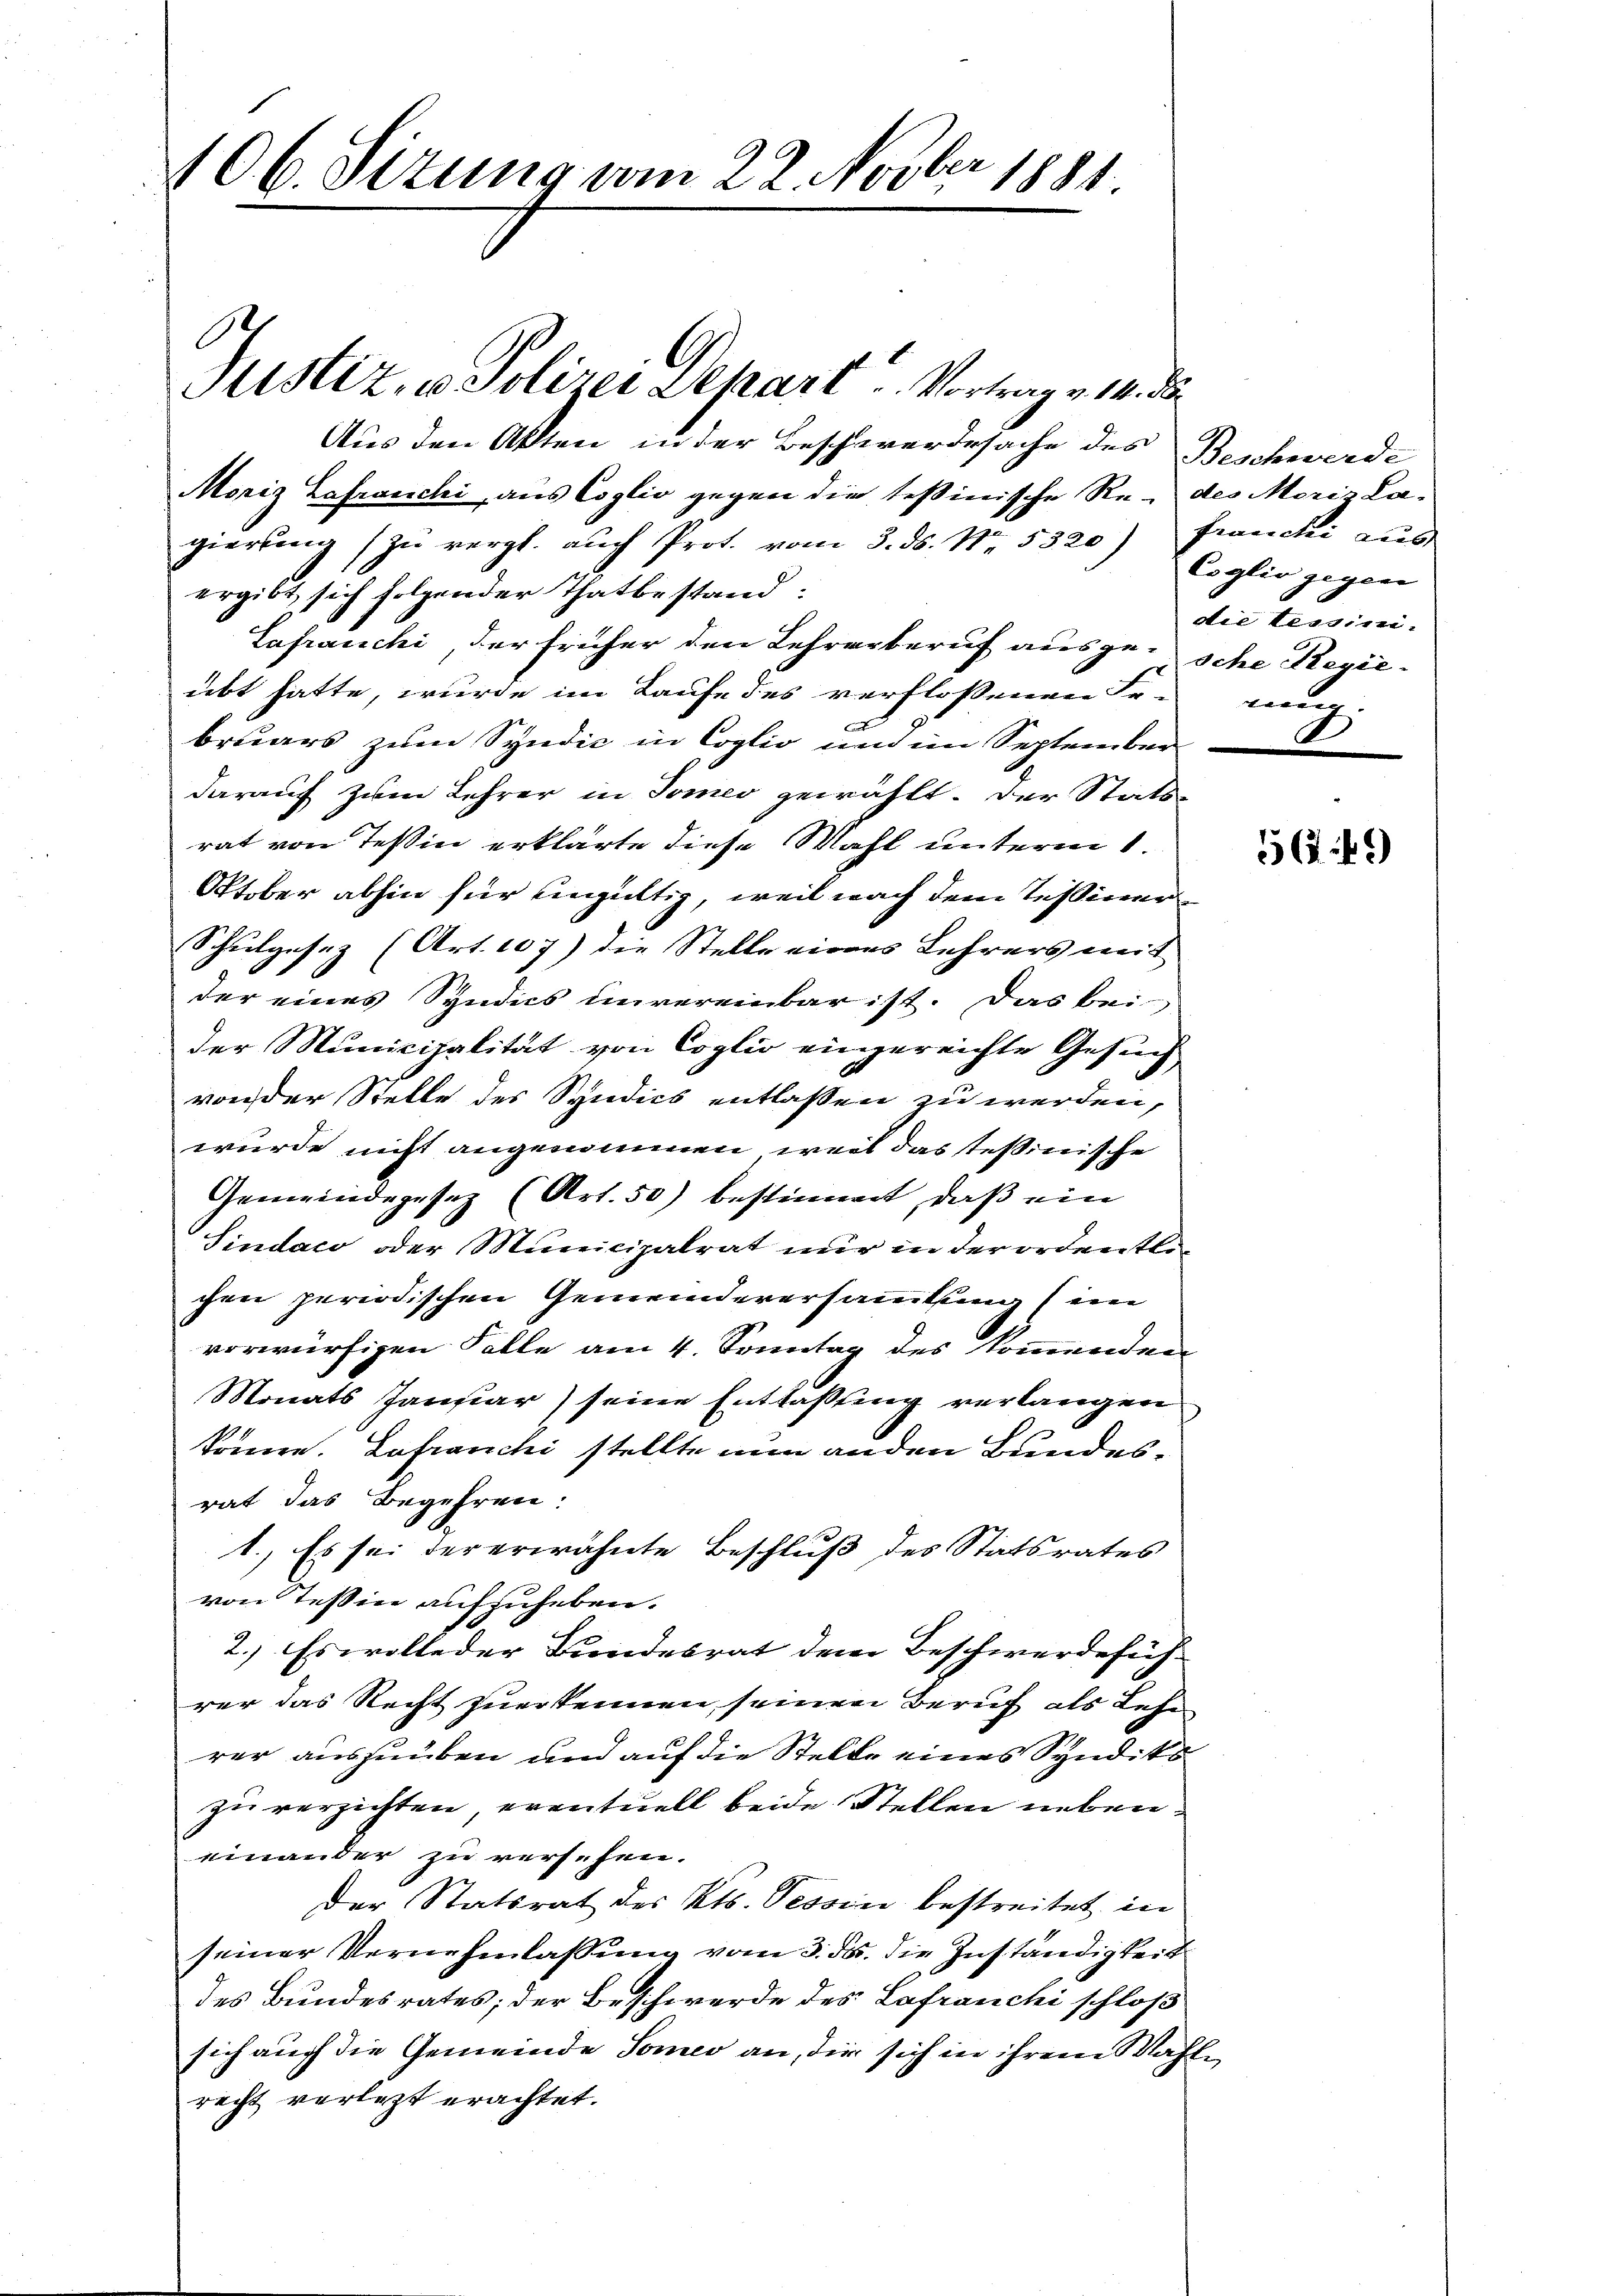
106. Situng vom 22. Novber 1881.

Aus den Akten in der Beschwerdesache des Beschwerde
Moriz Lafranchi, aus Coglio gegen die Teßinische Re- des Moriz Lagierung zu vergl. auch Prot. vom 3. ds. Nr. 5320) Franchi aus
ergibt sich folgender Thatbestand:
Lafranchi, der früher den Lehrerberuf ausgesche Regie-
übt hatte, wurde im Laufe des verflossenen For-
bruars zum Syndic in Coglio und im September
darauf zum Lehrer in Tones gewählt. Der Stats-
rat von Teßin erklärte diese Wahl unterm 1.
Oktober abhin für eingültig, weil nach dem Tessiner
Schulgesez (Art. 107) die Stelle eines Lehrers mit
der eines Syndics unvereinbar ist. Das bei
der Municipalität von Coglio eingereichte Gesuch
von der Stelle des Syndics entlassen zu werden,
wurde nicht angenommen, weil das Teßinische
Gemeindegesez (Art. 50) bestimmt, daß ein
Sindaco oder Municipalrat nur in der ordentlichen periodischen Gemeindeversammlung (im
vorwürfigen Falle am 4. Sonntag des kommenden
Monats Januar) seine Entlastung verlangen
könne. Lafranchi stellte nun anden Bundesrat das Begehren:
1.) Es sei der erwähnte Beschluß des Statsrates
von Tessin aufzuheben.
2.) Es wolleder Bundesrat dem Beschwerdeführer das Recht zuerkennen, seinen Beruf als Lehn
rer auszuüben und auf die Stelle eines Syndiko
zu verzichten, eventuell beide Stellen nebeneinander zu versehen.
der Statsrat des Kts. Tessin bestreitet in
seiner Vernehmlassung vom 3. ds. die Zuständigkeit
des Bundesrates; der Beschwerde des Lafranchi schloß
sich auch die Gemeinde Somer an, die sich in ihrem Wahr
recht verletzt erachtet.

Justiz, u. Polizei Schart u. Vortrag v. 14. d.

Coglio gegen
die tessin-
nut.

549)